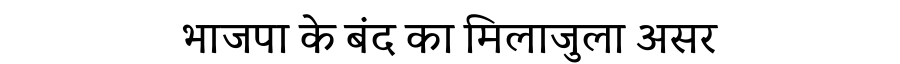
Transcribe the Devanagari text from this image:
भाजपा के बंद का मिलाजुला असर